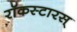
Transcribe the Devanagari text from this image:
रॉकस्टारस्